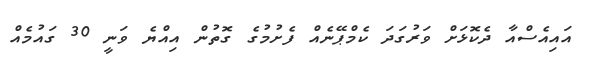
އައިއެސްއާ ދެކޮޅަށް ވަރުގަދަ ކެމްޕޭނެއް ފެށުމުގެ ގޮތުން އިއްޔެ ވަނީ 30 ގައުމެއް